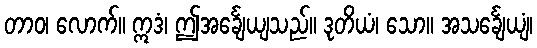
တာဝ၊ လောက်။ ဣဒံ၊ ဤအင်္ချေယျသည်။ ဒုတိယံ၊ သော။ အသင်္ချေယျံ၊